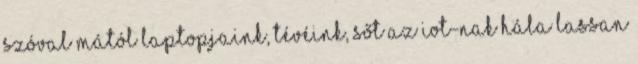
Szóval mától laptopjaink, tévéink, sőt az IoT-nak hála lassan